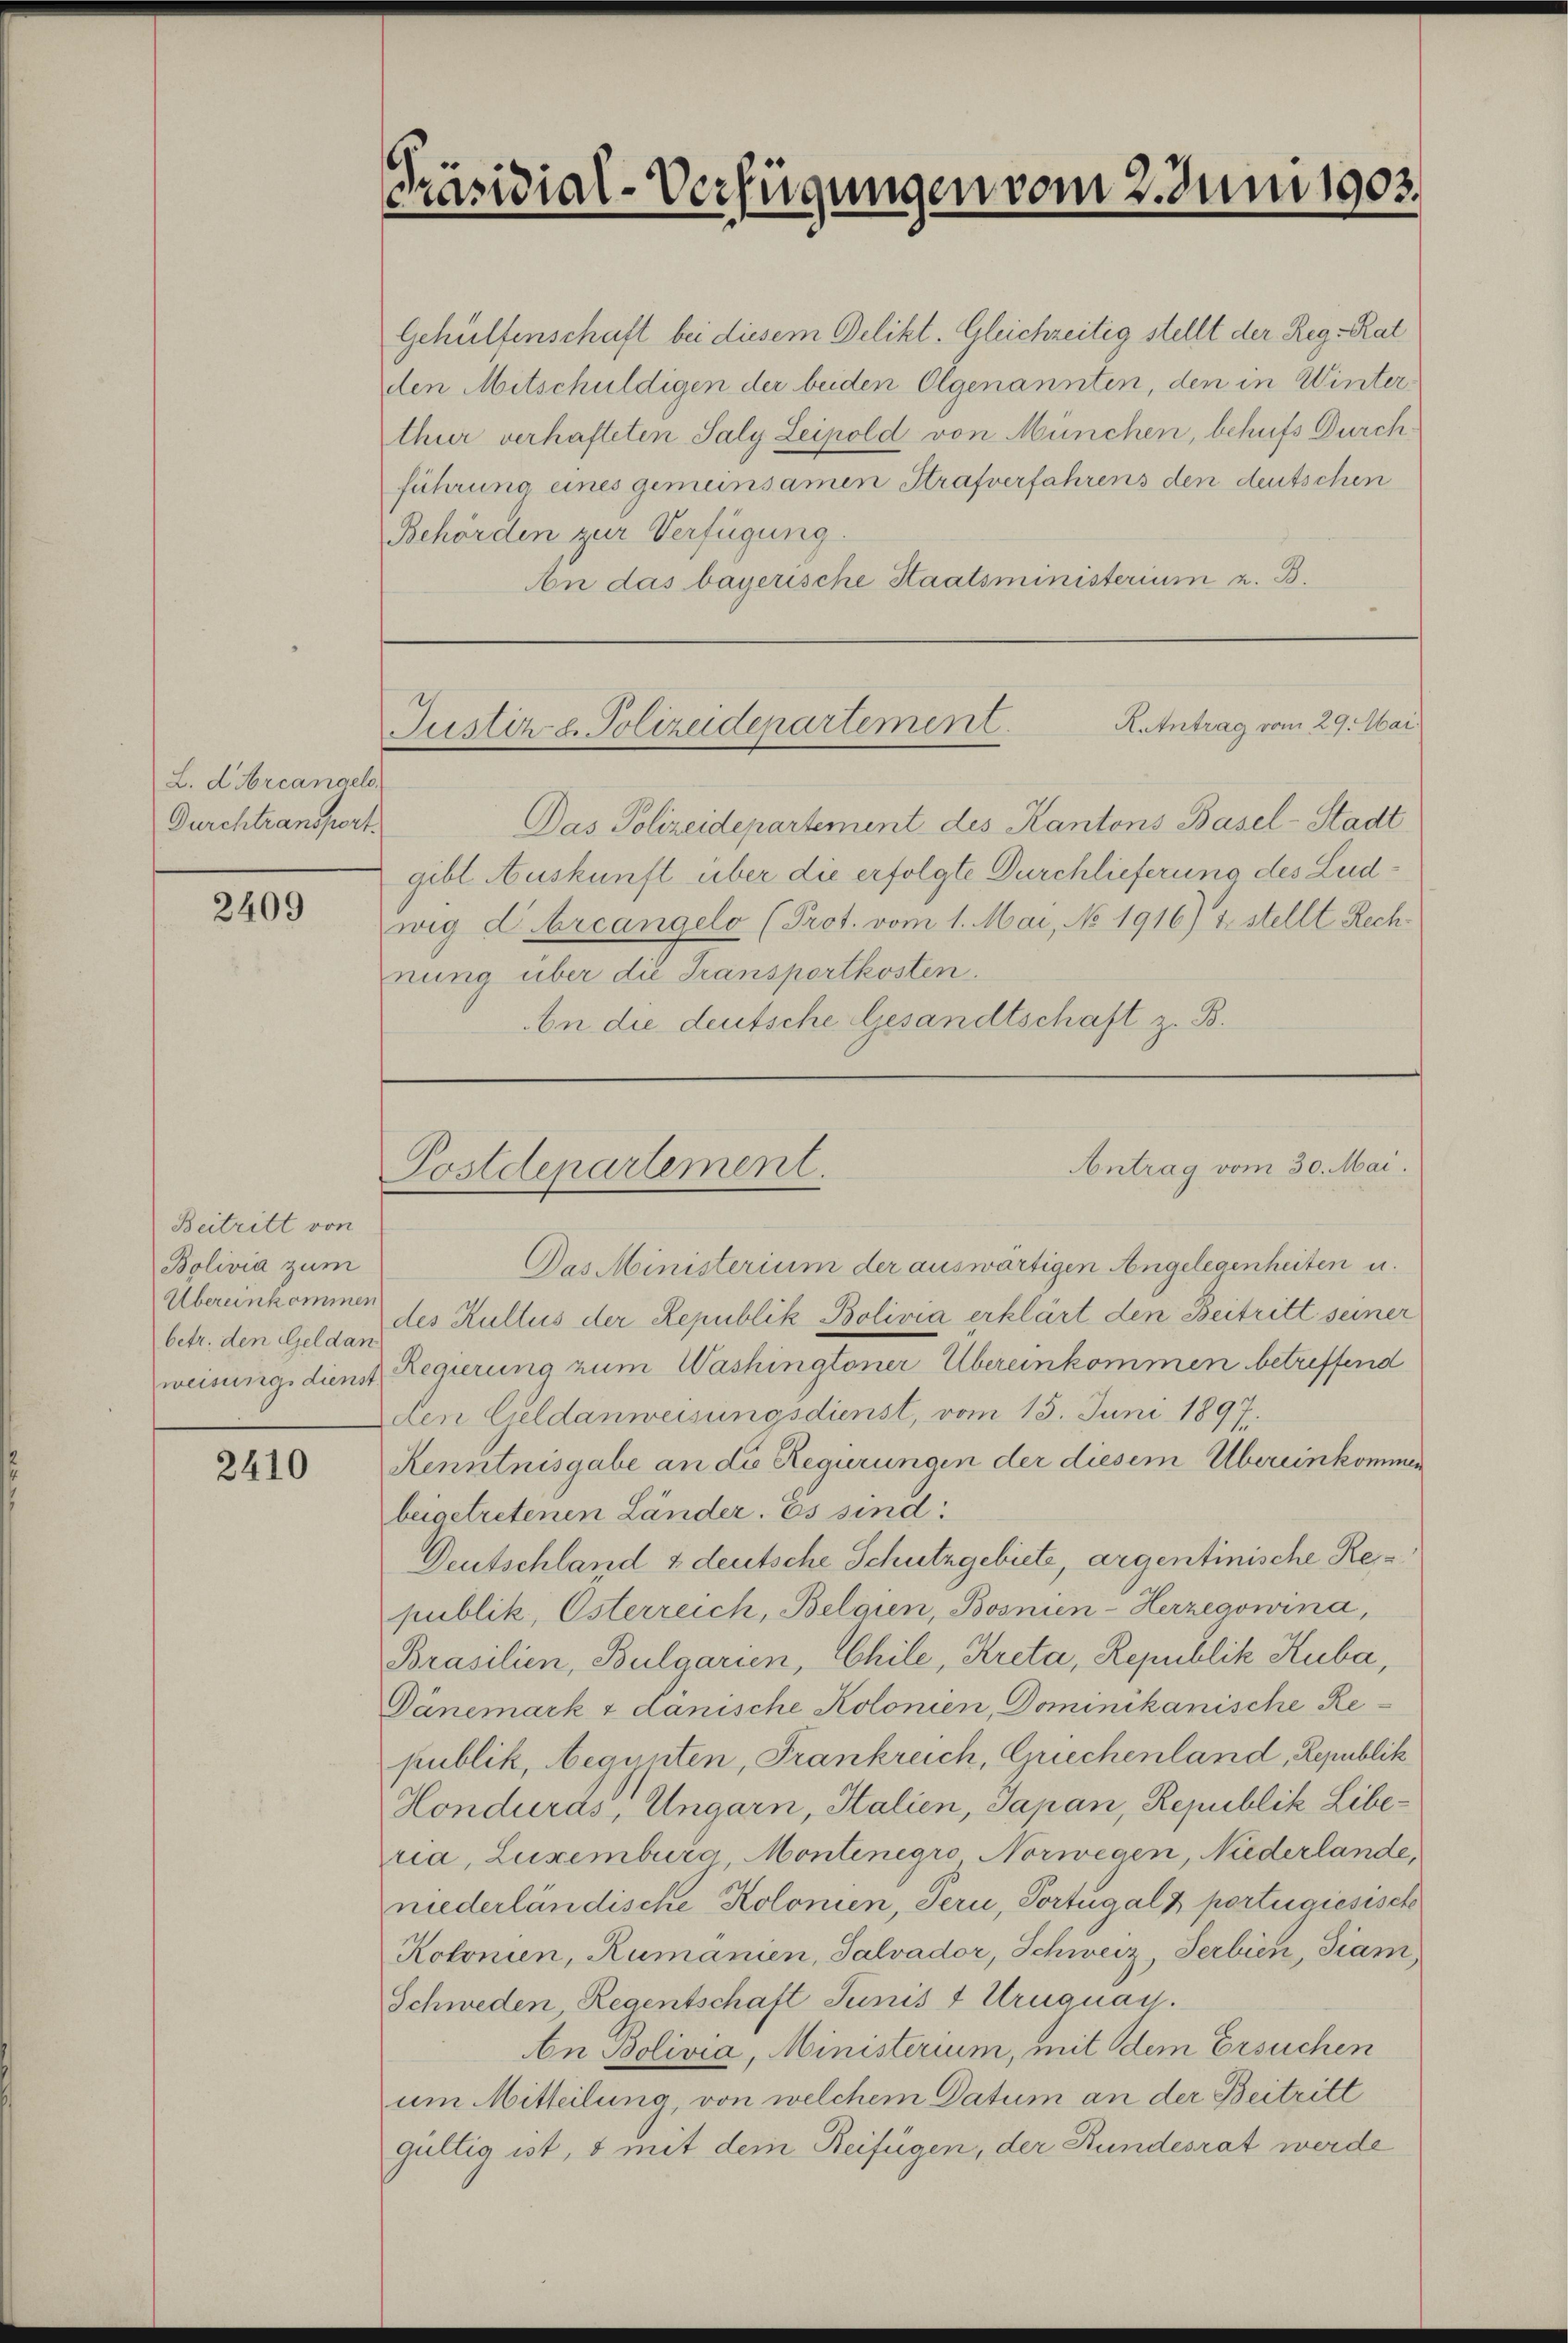
Präsidial-Verfügungen vom 2. Juni 1903.

Gehülfenschaft bei diesem Delikt. Gleichzeitig stellt der Reg-Rat
den Mitschuldigen der beiden Olgenannten, den in Winterthur verhafteten Saly Leipold von München, behufs Durch-
führung eines gemeinsamen Strafverfahrens den deutschen
Behörden zur Verfügung.
An das bayerische Staatsministerium z. B.

RAntrag vom 29. Mai
Justiz u. Polizeidepartement.

Das Polizeidepartement des Kantons Basel-Stadt
gibt Auskunft über die erfolgte Durchlieferung des Ludwig dbreangelo (Prot. vom 1. Mai, No 1916) & stellt Rechnung über die Transportkosten.
An die deutsche Gesandtschaft z. B.

L. d. Mercangel
Durchtransport

2409

Antrag vom 30. Mai.
Postdepartement.

Beitritt von
Bolivia zum
Übereinkommen
betr. den Geldan
weisungsdienst

Das Ministerium der auswärtigen Angelegenheiten u.
des Kultus der Republik Bolivia erklärt den Beitritt seiner
Regierung zum Washingtoner Übereinkommen betreffend
den Geldanweisungsdienst, vom 15. Juni 1897.
Kenntnisgabe an die Regierungen der diesem Übereinkommen
beigetretenen Länder. Es sind:
Deutschland & deutsche Schutzgebiete, argentinische Republik, Österreich, Belgien, Bosnien-Herzegowina,
Brasilien, Bulgarien, Chile, Kreta, Republik Kuba,
Dänemark & dänische Kolonien, Dominikanische Republik, beannten, Frankreich, Griechenland, Republik
Honduras, Ungarn, Halien, Japan, Republik Liberia, Luxenburg Montenegro Norwegen, Niederlande,
niederländische Kolonien, Peri, Portugalz portirgiesisch
Kolonien, Rumanien, Salvador, Schweiz, Serbien, diam
Schweden, Regentschaft Junis 1 Uruguay.
An Bolivia, Ministerium, mit dem Ersuchen
um Mitteilung, von welchem Datum an der Beitritt
gültig ist, & mit dem Beifügen, der Bundesrat werde

2410